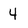
Character: 4